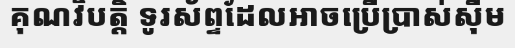
គុណវិបត្តិ ទូរស័ព្ទដែលអាចប្រើប្រាស់ស៊ីម